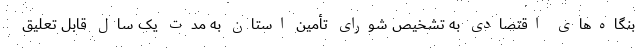
بنگاه‌های اقتصادی به تشخیص شورای تأمین استان به مدت یک سال قابل تعلیق